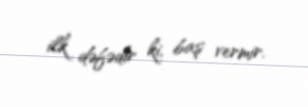
ilk dəfədir ki, baş vermir.